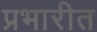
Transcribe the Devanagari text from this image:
प्रभारीत